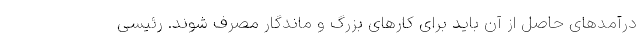
درآمدهای حاصل از آن باید برای کارهای بزرگ و ماندگار مصرف شوند. رئیسی